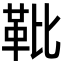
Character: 𩉫